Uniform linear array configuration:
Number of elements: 64
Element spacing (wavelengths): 0.25
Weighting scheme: uniform
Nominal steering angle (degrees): -60
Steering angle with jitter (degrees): -59.706
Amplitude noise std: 0.05
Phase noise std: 0.05

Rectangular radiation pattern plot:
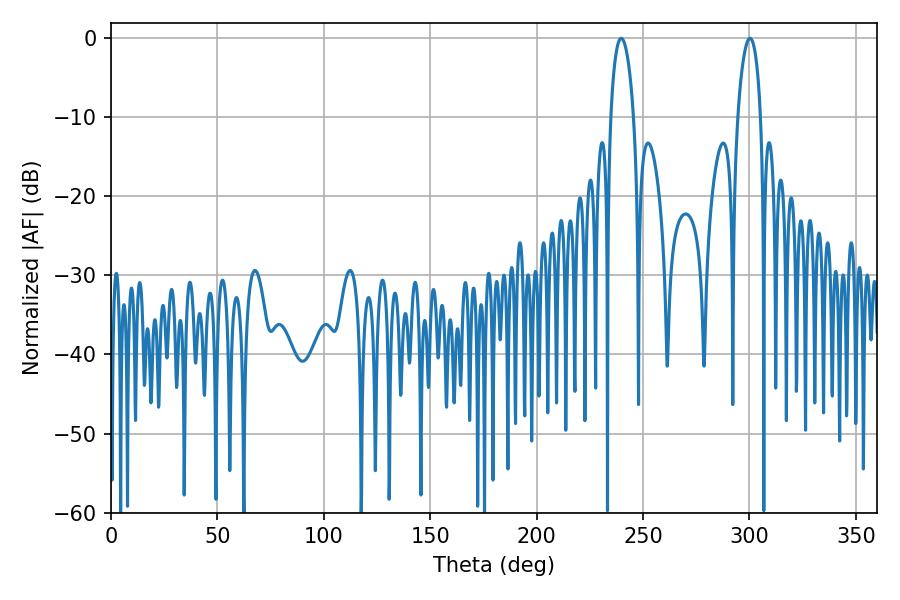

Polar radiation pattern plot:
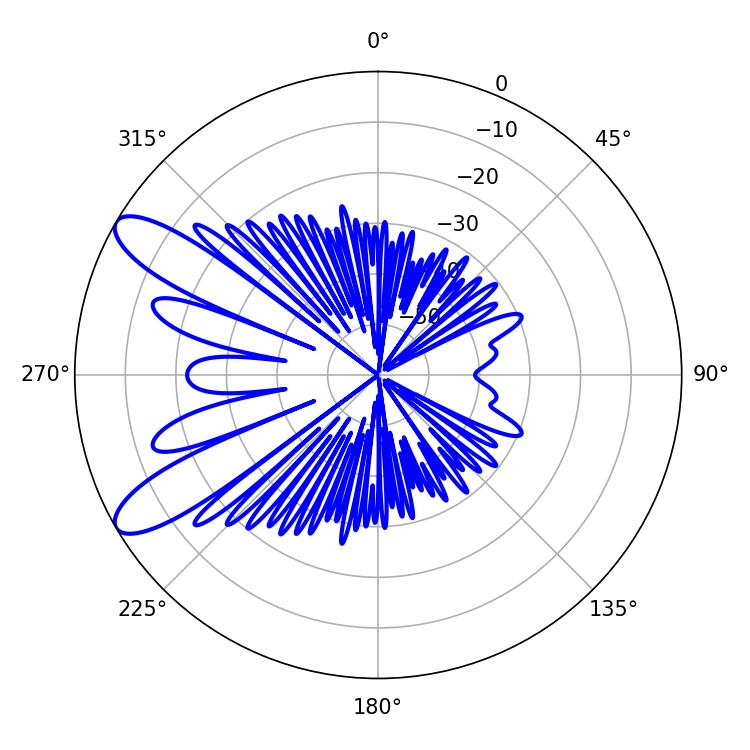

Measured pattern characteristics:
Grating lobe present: FALSE
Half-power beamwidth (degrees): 6.12
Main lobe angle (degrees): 239.76